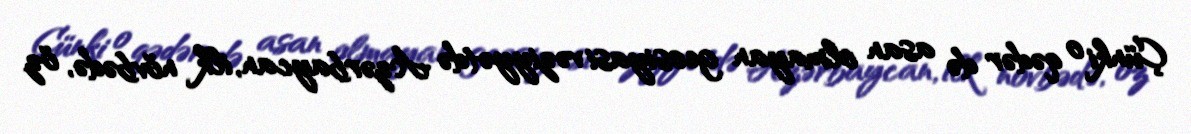
Çünki o qədər də asan olmayan geosiyasi vəziyyətdə Azərbaycan, ilk növbədə, öz